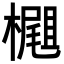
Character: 𣛢